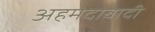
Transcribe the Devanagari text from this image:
अहमदाबादी